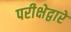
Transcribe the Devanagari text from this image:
परीक्षेद्वारे